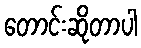
တောင်းဆိုတာပါ